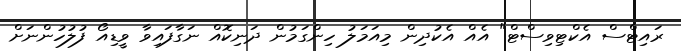
ރައިޓްސް އެކްޓިވިސްޓް" އެއް އެކުދިން މިއަމަލު ހިންގަމުން ދަނިކޮއް ނަގާފައިވާ ވީޑިއޯ ފުލުހުންނަށް